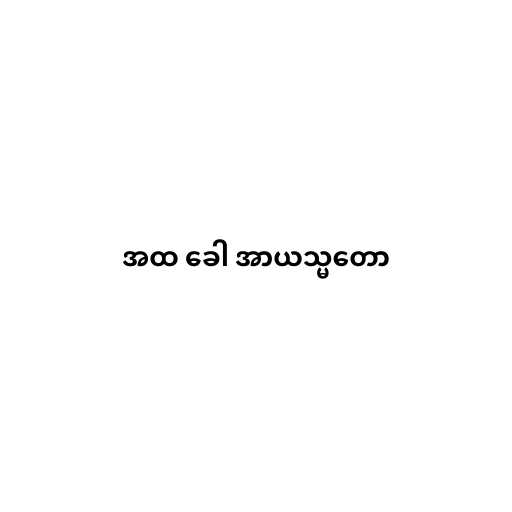
အထ ခေါ အာယသ္မတော